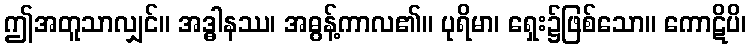
ဤအတူသာလျှင်။ အဒ္ဓါနဿ၊ အဓွန့်ကာလ၏။ ပုရိမာ၊ ရှေး၌ဖြစ်သော။ ကောဋိပိ၊